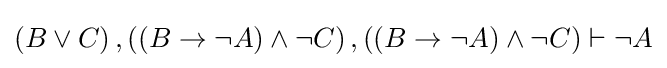
\left(B\lor C\right),\left(\left(B\rightarrow \lnot A\right)\land \lnot C\right),\left(\left(B\rightarrow \lnot A\right)\land \lnot C\right)\vdash \lnot A